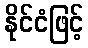
နိုင်ငံဖြင့်